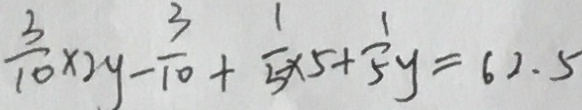
\frac { 3 } { 1 0 } \times 2 y - \frac { 3 } { 1 0 } + \frac { 1 } { 5 } \times 5 + \frac { 1 } { 5 } y = 6 2 . 5